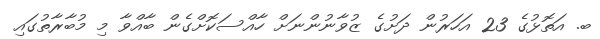
ބ. އަތޮޅުގެ 23 އަހަރުން ދަށުގެ ޒުވާނުންނަށް ހާއްސަކޮށްގެން ބާއްވާ މި މުބާރާތުގައި